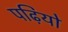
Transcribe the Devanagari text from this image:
पढ़ियो